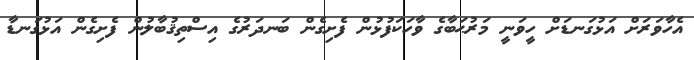
އެހާވަރަށް އަޅުގަނޑަށް ހީވަނީ މަރުޙަބާގެ ވާހަކަފުޅުން ފެށިގެން ބަނދަރުގެ އިސްތިޤުބާލުން ފެށިގެން އަޅުގަނޑާ